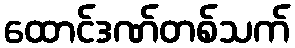
ထောင်ဒဏ်တစ်သက်